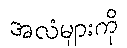
အလံများကို